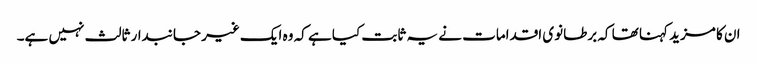
ان کا مزید کہنا تھا کہ برطانوی اقدامات نے یہ ثابت کیا ہے کہ وہ ایک غیر جانبدار ثالث نہیں ہے۔